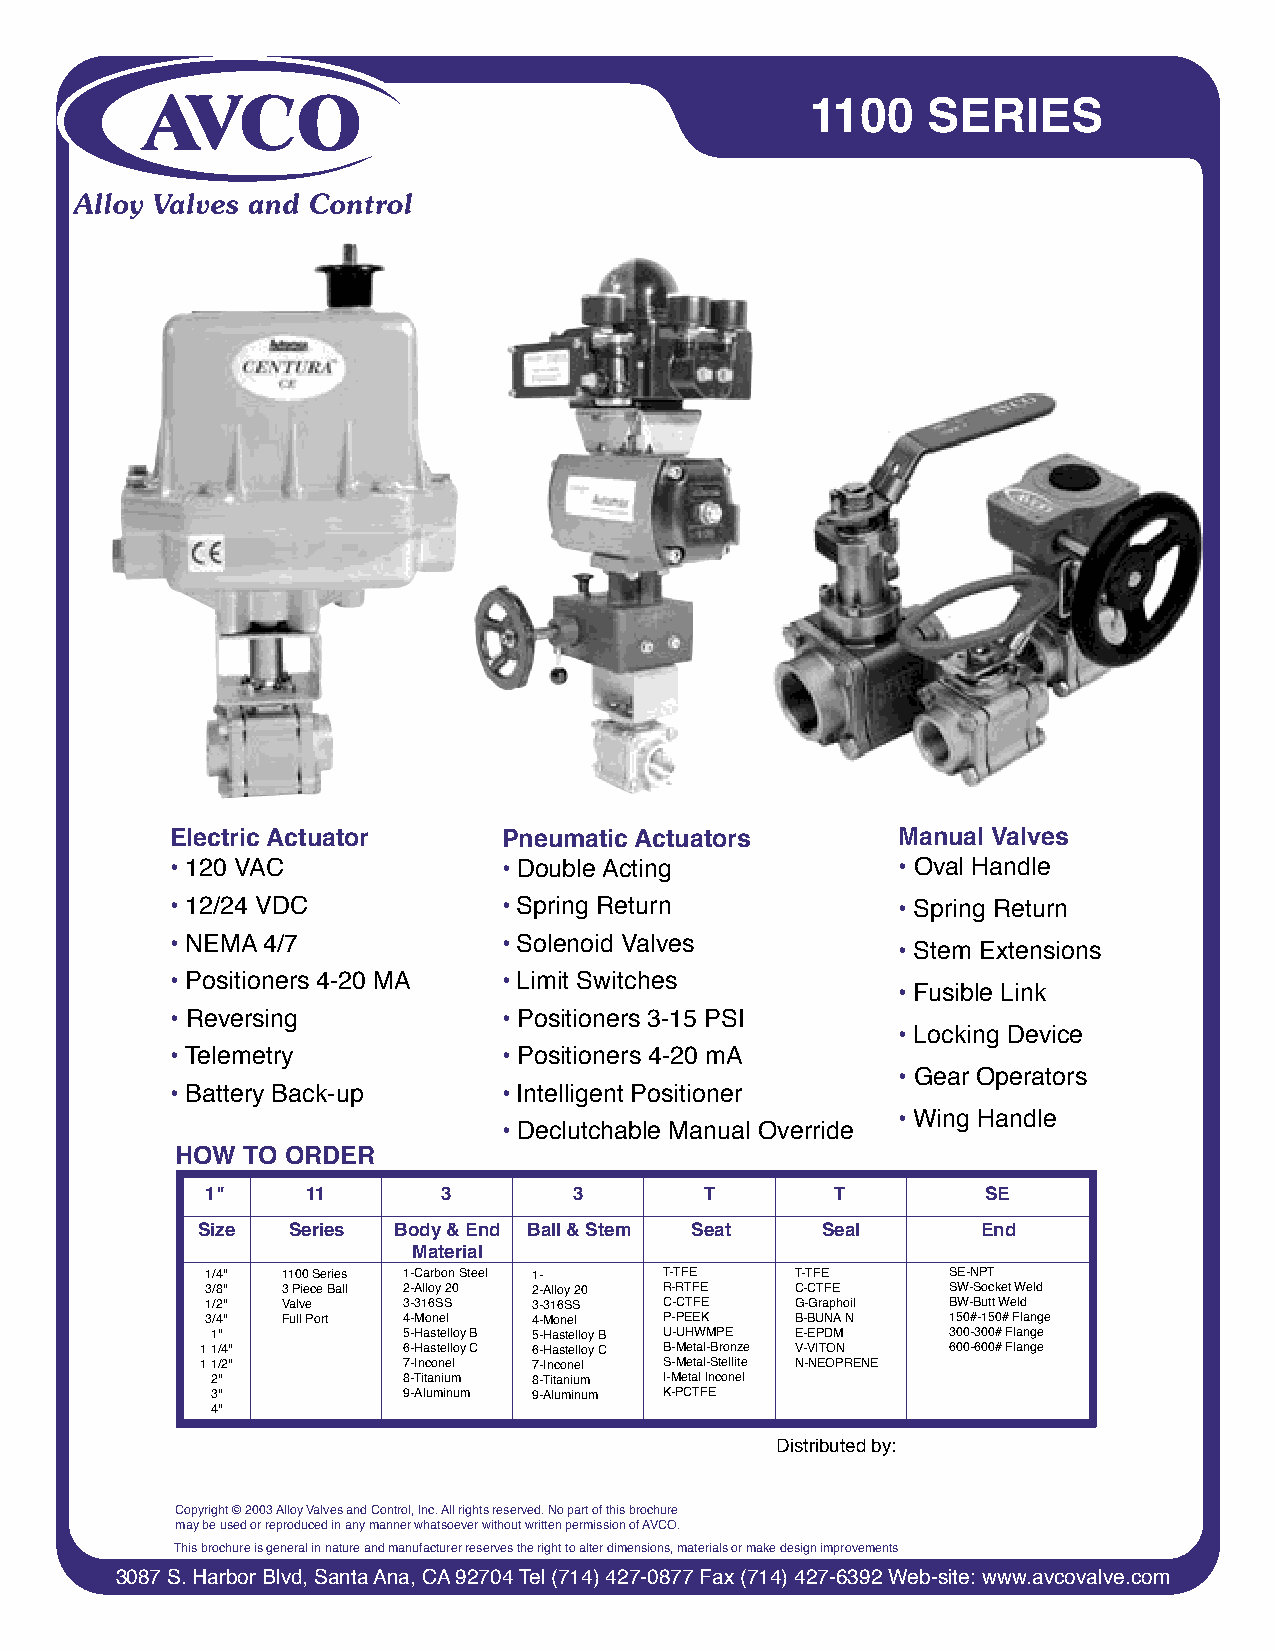
1100   SERIES
 Electric Actuator     Pneumatic Actuators       Manual Valves
 • 120 VAC             • Double Acting           • Oval Handle
 • 12/24 VDC           • Spring Return           • Spring Return
 • NEMA 4/7            • Solenoid Valves
 • Stem Extensions
 • Positioners 4-20 MA • Limit Switches
 • Fusible Link
 • Reversing           • Positioners 3-15 PSI
 • Locking Device
 • Telemetry           • Positioners 4-20 mA
 • Gear Operators
 • Battery Back-up     • Intelligent Positioner
 • Wing Handle
 • Declutchable Manual Override
 HOW TO ORDER
 1"    11       3        3        T       T         SE
 Size  Series Body & End Ball & Stem Seat Seal       End
 Material
 1/4" 1100 Series 1-Carbon Steel 1- T-TFE T-TFE   SE-NPT
 3/8" 3 Piece Ball 2-Alloy 20 2-Alloy 20 R-RTFE C-CTFE SW-Socket Weld
 1/2" Valve   3-316SS 3-316SS  C-CTFE   G-Graphoil BW-Butt Weld
 3/4" Full Port 4-Monel 4-Monel P-PEEK  B-BUNA N  150#-150# Flange
 1"           5-Hastelloy B 5-Hastelloy B U-UHWMPE E-EPDM 300-300# Flange
 1 1/4"        6-Hastelloy C 6-Hastelloy C B-Metal-Bronze V-VITON 600-600# Flange
 1 1/2"        7-Inconel 7-Inconel S-Metal-Stellite N-NEOPRENE
 2"           8-Titanium 8-Titanium I-Metal Inconel
 3"           9-Aluminum 9-Aluminum K-PCTFE
 4"
 Distributed by:
 Copyright © 2003 Alloy Valves and Control, Inc. All rights reserved. No part of this brochure
 may be used or reproduced in any manner whatsoever without written permission of AVCO.
 This brochure is general in nature and manufacturer reserves the right to alter dimensions, materials or make design improvements
 3087 S. Harbor Blvd, Santa Ana, CA 92704 Tel (714) 427-0877 Fax (714) 427-6392 Web-site: www.avcovalve.com